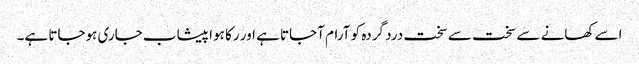
اسے کھانے سے سخت سے سخت درد گردہ کو آرام آجاتا ہے اور رکا ہوا پیشاب جاری ہوجاتا ہے۔